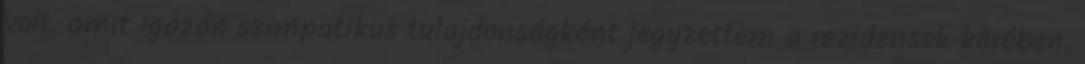
volt, amit igazán szimpatikus tulajdonságként jegyzettem a rezidensek körében.